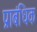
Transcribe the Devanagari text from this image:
प्राबंधिक